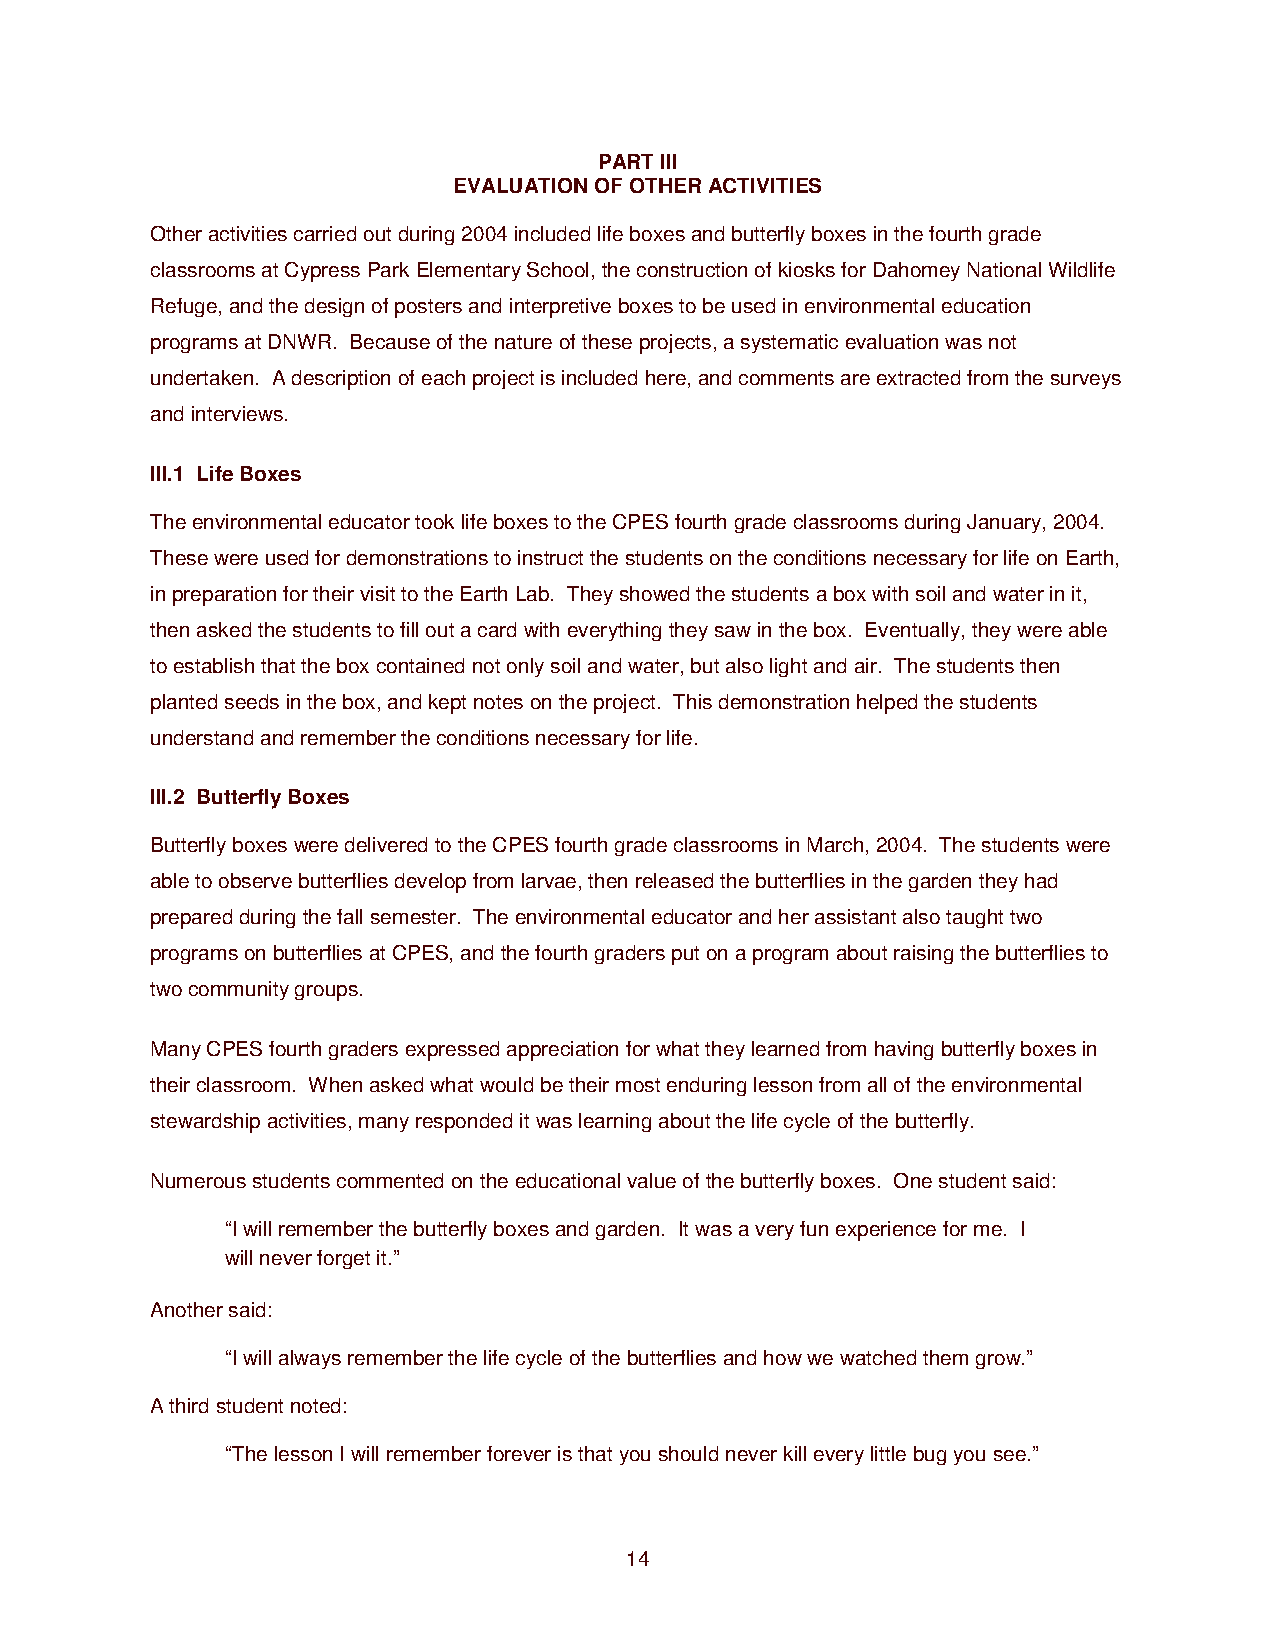
PART III
 EVALUATION OF OTHER ACTIVITIES
 Other activities carried out during 2004 included life boxes and butterfly boxes in the fourth grade
 classrooms at Cypress Park Elementary School, the construction of kiosks for Dahomey National Wildlife
 Refuge, and the design of posters and interpretive boxes to be used in environmental education
 programs at DNWR. Because of the nature of these projects, a systematic evaluation was not
 undertaken. A description of each project is included here, and comments are extracted from the surveys
 and interviews.
 III.1 Life Boxes
 The environmental educator took life boxes to the CPES fourth grade classrooms during January, 2004.
 These were used for demonstrations to instruct the students on the conditions necessary for life on Earth,
 in preparation for their visit to the Earth Lab. They showed the students a box with soil and water in it,
 then asked the students to fill out a card with everything they saw in the box. Eventually, they were able
 to establish that the box contained not only soil and water, but also light and air. The students then
 planted seeds in the box, and kept notes on the project. This demonstration helped the students
 understand and remember the conditions necessary for life.
 III.2 Butterfly Boxes
 Butterfly boxes were delivered to the CPES fourth grade classrooms in March, 2004. The students were
 able to observe butterflies develop from larvae, then released the butterflies in the garden they had
 prepared during the fall semester. The environmental educator and her assistant also taught two
 programs on butterflies at CPES, and the fourth graders put on a program about raising the butterflies to
 two community groups.
 Many CPES fourth graders expressed appreciation for what they learned from having butterfly boxes in
 their classroom. When asked what would be their most enduring lesson from all of the environmental
 stewardship activities, many responded it was learning about the life cycle of the butterfly.
 Numerous students commented on the educational value of the butterfly boxes. One student said:
 “I will remember the butterfly boxes and garden. It was a very fun experience for me. I
 will never forget it.”
 Another said:
 “I will always remember the life cycle of the butterflies and how we watched them grow.”
 A third student noted:
 “The lesson I will remember forever is that you should never kill every little bug you see.”
 14